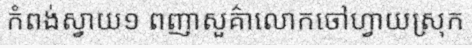
កំពង់ស្វាយ១ ពញាសួគ៌ាលោកចៅហ្វាយស្រុក